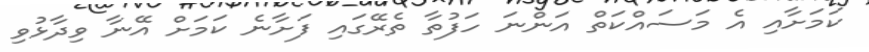
ކަމަށާއި އެ މަސައްކަތް އަންނަ ހަފުތާ ތެރޭގައި ފަށާނެ ކަމަށް އޭނާ ވިދާޅުވި